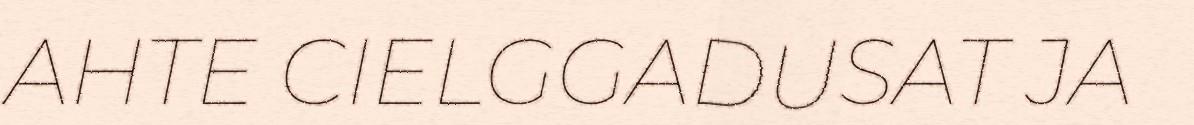
AHTE CIELGGADUSAT JA